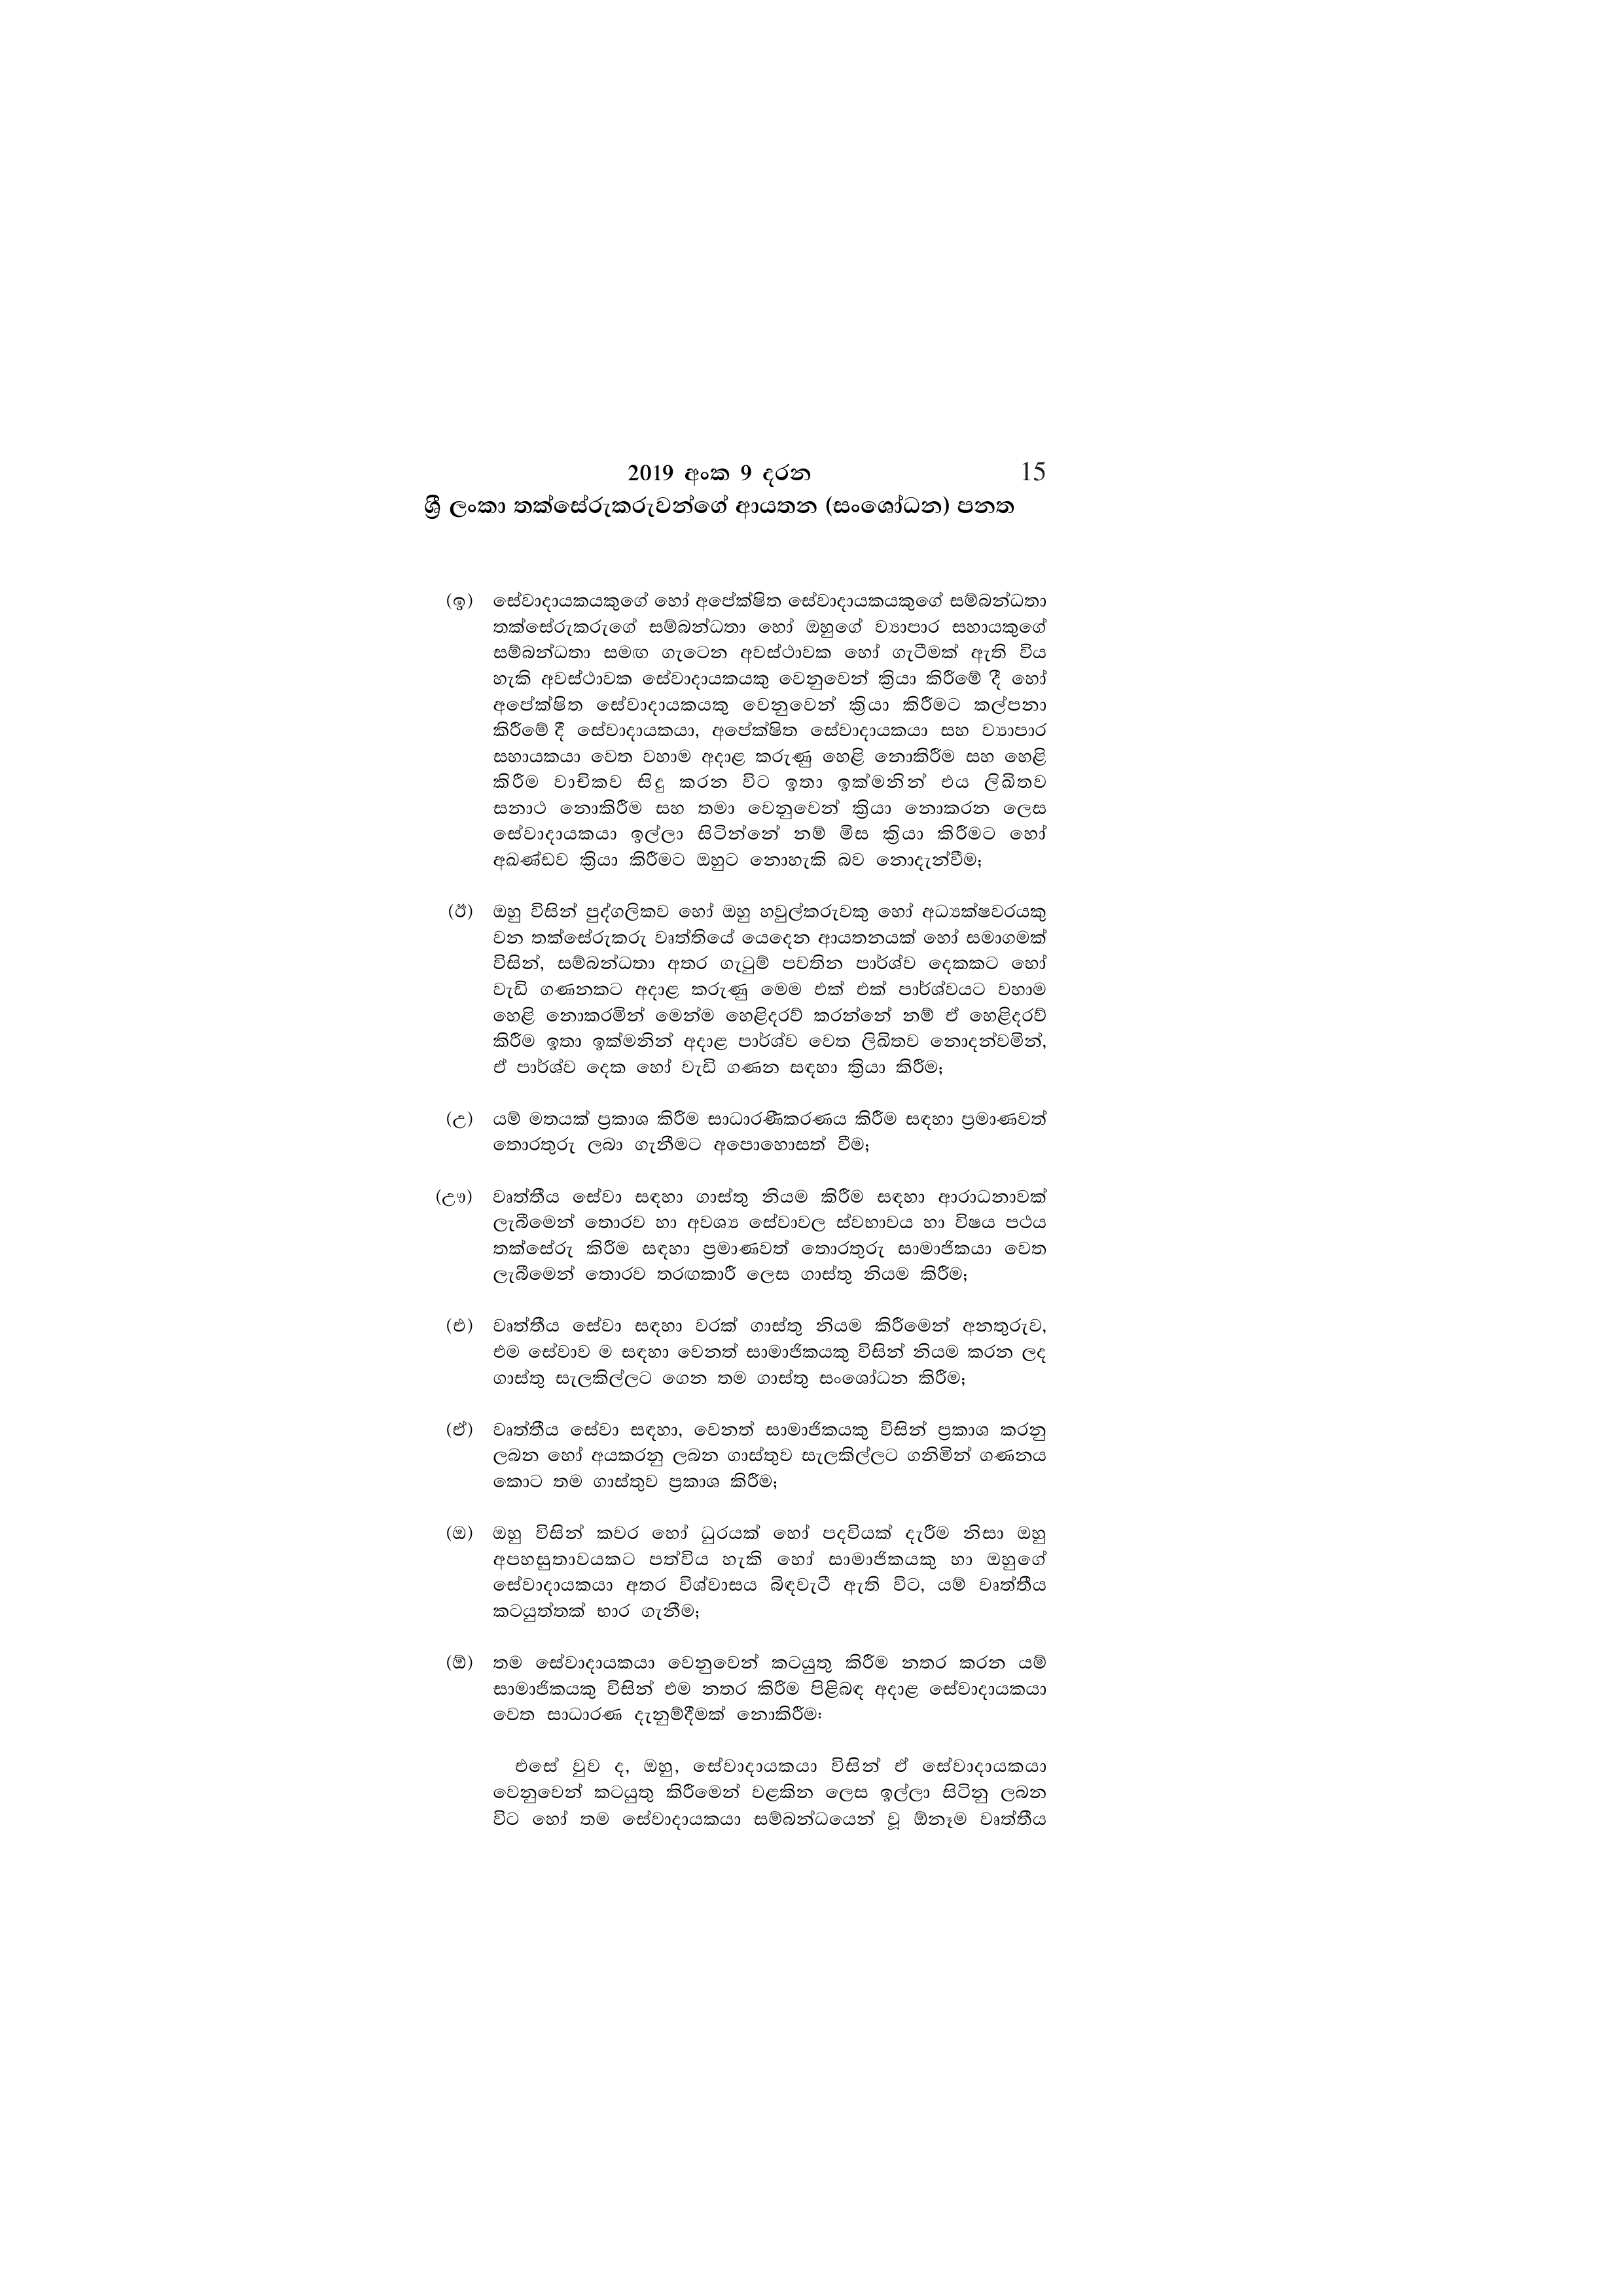
2019 අංක 9 දරන 15

ශ්‍රී ලංකා තක්සේරුකරුවන්ගේ ආයතන (සංශෝධන) පනත

(ඉ) සේවාදායකයකුගේ හෝ අපේක්ෂිත සේවාදායකයකුගේ සම්බන්ධතා
තක්සේරුකරුගේ සම්බන්ධතා හෝ ඔහුගේ ව්‍යාපාර සහායකුගේ
සම්බන්ධතා සමඟ ගැටෙන අවස්ථාවක හෝ ගැටීමක් ඇති විය
හැකි අවස්ථාවක සේවාදායකයකු වෙනුවෙන් ක්‍රියා කිරීමේ දී හෝ
අපේක්ෂිත සේවාදායකයකු වෙනුවෙන් ක්‍රියා කිරීමට කල්පනා
කිරීමේ දී සේවාදායකයා, අපේක්ෂිත සේවාදායකයා සහ ව්‍යාපාර
සහායකයා වෙත වහාම අදාළ කරුණු හෙළි නොකිරීම සහ හෙළි
කිරීම වාචිකව සිදු කරන විට ඉතා ඉක්මනින් එය ලිඛිතව
සනාථ නොකිරීම සහ තමා වෙනුවෙන් ක්‍රියා නොකරන ලෙස
සේවාදායකයා ඉල්ලා සිටින්නේ නම් මිස ක්‍රියා කිරීමට හෝ
අඛණ්ඩව ක්‍රියා කිරීමට ඔහුට නොහැකි බව නොදැන්වීම;

(ඊ) ඔහු විසින් පුද්ගලිකව හෝ ඔහු හවුල්කරුවකු හෝ අධ්‍යක්ෂවරයකු
වන තක්සේරුකරු වෘත්තියේ යෙදෙන ආයතනයක් හෝ සමාගමක්
විසින්, සම්බන්ධතා අතර ගැටුම් පවතින පාර්ශ්ව දෙකකට හෝ
වැඩි ගණනකට අදාළ කරුණු මෙම එක් එක් පාර්ශ්වයට වහාම
හෙළි නොකරමින් මෙන්ම හෙළිදරව් කරන්නේ නම් ඒ හෙළිදරව්
කිරීම ඉතා ඉක්මනින් අදාළ පාර්ශ්ව වෙත ලිඛිතව නොදන්වමින්,
ඒ පාර්ශ්ව දෙක හෝ වැඩි ගණන සඳහා ක්‍රියා කිරීම;

(උ) යම් මතයක් ප්‍රකාශ කිරීම සාධාරණීකරණය කිරීම සඳහා ප්‍රමාණවත්
තොරතුරු ලබා ගැනීමට අපොහොසත් වීම;

(ඌ) වෘත්තීය සේවා සඳහා ගාස්තු නියම කිරීම සඳහා ආරාධනාවක්
ලැබීමෙන් තොරව හා අවශ්‍ය සේවාවල ස්වභාවය හා විෂය පථය
තක්සේරු කිරීම සඳහා ප්‍රමාණවත් තොරතුරු සාමාජිකයා වෙත
ලැබීමෙන් තොරව තරඟකාරී ලෙස ගාස්තු නියම කිරීම;

(එ) වෘත්තීය සේවා සඳහා වරක් ගාස්තු නියම කිරීමෙන් අනතුරුව,
එම සේවාව ම සඳහා වෙනත් සාමාජිකයකු විසින් නියම කරන ලද
ගාස්තු සැලකිල්ලට ගෙන තම ගාස්තු සංශෝධන කිරීම;

(ඒ) වෘත්තීය සේවා සඳහා, වෙනත් සාමාජිකයකු විසින් ප්‍රකාශ කරනු
ලබන හෝ අයකරනු ලබන ගාස්තුව සැලකිල්ලට ගනිමින් ගණනය
කොට තම ගාස්තුව ප්‍රකාශ කිරීම;

(ඔ) ඔහු විසින් කවර හෝ ධුරයක් හෝ පදවියක් දැරීම නිසා ඔහු
අපහසුතාවයකට පත්විය හැකි හෝ සාමාජිකයකු හා ඔහුගේ
සේවාදායකයා අතර විශ්වාසය බිඳවැටී ඇති විට, යම් වෘත්තීය
කටයුත්තක් භාර ගැනීම;

(ඕ) තම සේවාදායකයා වෙනුවෙන් කටයුතු කිරීම නතර කරන යම්
සාමාජිකයකු විසින් එම නතර කිරීම පිළිබඳ අදාළ සේවාදායකයා
වෙත සාධාරණ දැනුම්දීමක් නොකිරීම:

එසේ වුව ද, ඔහු, සේවාදායකයා විසින් ඒ සේවාදායකයා
වෙනුවෙන් කටයුතු කිරීමෙන් වළකින ලෙස ඉල්ලා සිටිනු ලබන
විට හෝ තම සේවාදායකයා සම්බන්ධයෙන් වූ ඕනෑම වෘත්තීය